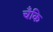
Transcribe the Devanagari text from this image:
चँकि